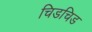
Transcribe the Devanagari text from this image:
चिडचिड